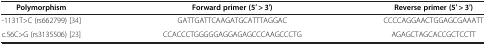
<table><thead><tr><td><b>Polymorphism</b></td><td><b>Forward primer (5′ &gt; 3′)</b></td><td><b>Reverse primer (5′ &gt; 3′)</b></td></tr></thead><tbody><tr><td>-1131T&gt;C (rs662799) [34]</td><td>GATTGATTCAAGATGCATTTAGGAC</td><td>CCCCAGGAACTGGAGCGAAATT</td></tr><tr><td>c.56C&gt;G (rs3135506) [23]</td><td>CCACCCTGGGGGAGGAGAGCCCAAGCCCTG</td><td>AGAGCTAGCACCGCTCCTT</td></tr></tbody></table>